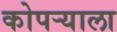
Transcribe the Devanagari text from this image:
कोपऱ्याला